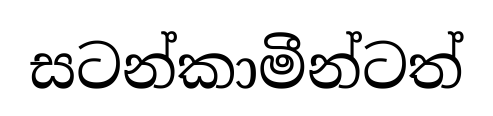
සටන්කාමීන්ටත්